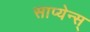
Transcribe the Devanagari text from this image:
साप्येन्स्